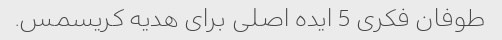
طوفان فکری 5 ایده اصلی برای هدیه کریسمس.